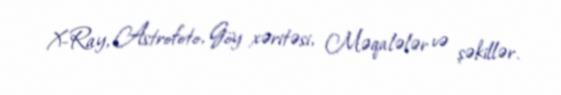
X-Ray, Astrofoto, Göy xəritəsi, Məqalələr və şəkillər.